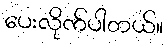
ပေးလိုက်ပါတယ်။